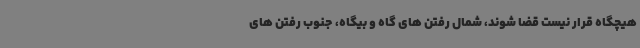
هیچگاه قرار نیست قضا شوند، شمال رفتن های گاه و بیگاه، جنوب رفتن های